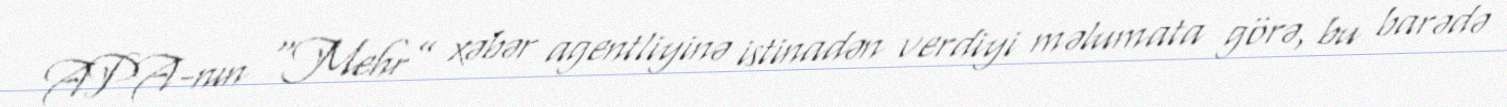
APA-nın “Mehr” xəbər agentliyinə istinadən verdiyi məlumata görə, bu barədə